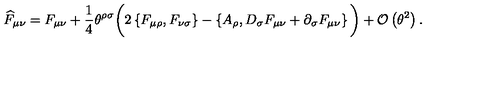
\widehat { F } _ { \mu \nu } = F _ { \mu \nu } + \frac { 1 } { 4 } \theta ^ { \rho \sigma } \bigg ( 2 \left\{ F _ { \mu \rho } , F _ { \nu \sigma } \right\} - \left\{ A _ { \rho } , D _ { \sigma } F _ { \mu \nu } + \partial _ { \sigma } F _ { \mu \nu } \right\} \bigg ) + { \cal O } \left( \theta ^ { 2 } \right) .